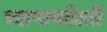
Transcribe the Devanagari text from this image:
व्यापार्यांप्रती